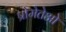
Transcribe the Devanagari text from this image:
प्रोमेतेओ